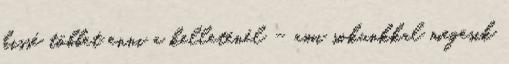
kissé többet enni a kelleténél – ami sokunkkal megesik